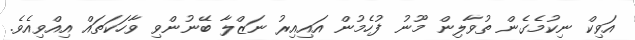
އަވިކް ނިކުމެގެން ތުވާލިން މޫނު ފުހެމުން އައިއިރު ނަޒްލާ ބޭނުންވި ވާހަކަތައް އިއްވިއެވެ.